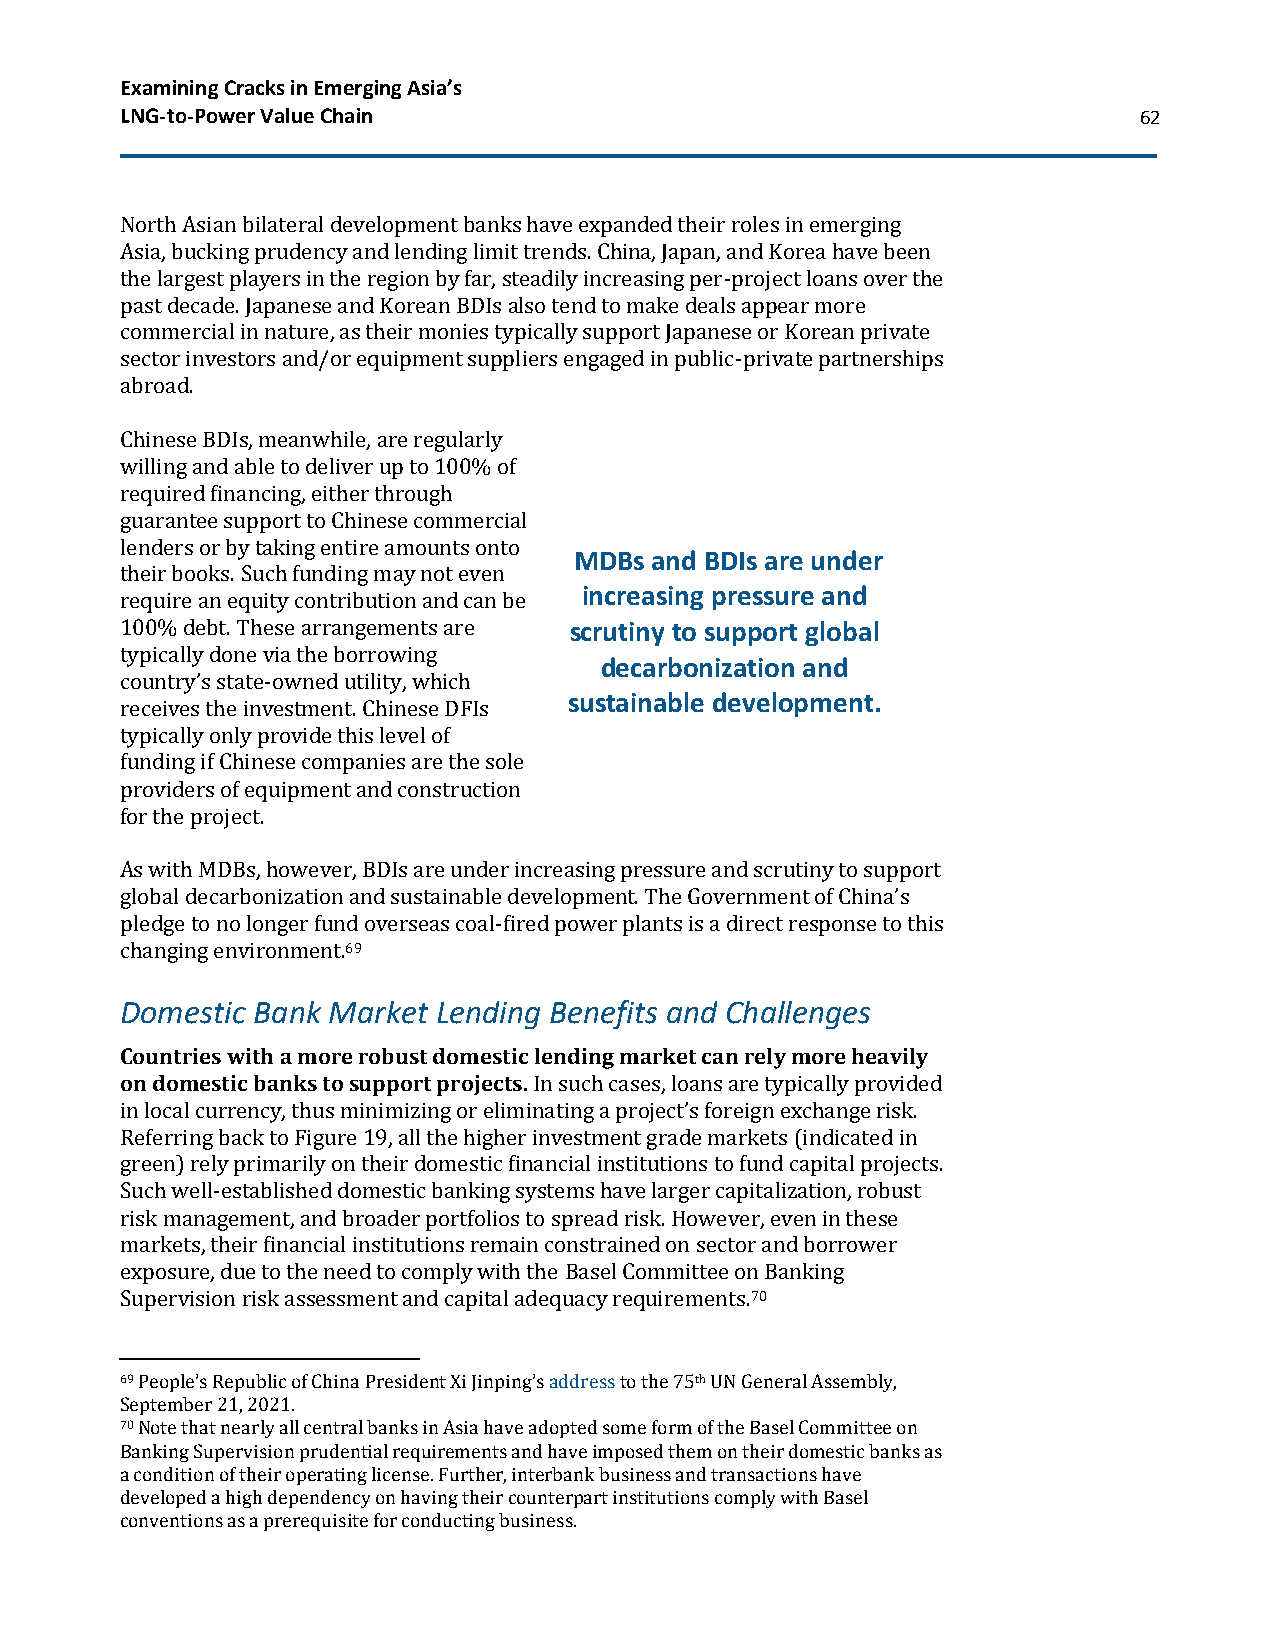
Examining Cracks in Emerging Asia’s
 LNG-to-Power Value Chain                                           62
 North Asian bilateral development banks have expanded their roles in emerging
 Asia, bucking prudency and lending limit trends. China, Japan, and Korea have been
 the largest players in the region by far, steadily increasing per-project loans over the
 past decade. Japanese and Korean BDIs also tend to make deals appear more
 commercial in nature, as their monies typically support Japanese or Korean private
 sector investors and/or equipment suppliers engaged in public-private partnerships
 abroad.
 Chinese BDIs, meanwhile, are regularly
 willing and able to deliver up to 100% of
 required financing, either through
 guarantee support to Chinese commercial
 lenders or by taking entire amounts onto
 MDBs and BDIs are under
 their books. Such funding may not even
 increasing pressure and
 require an equity contribution and can be
 100% debt. These arrangements are scrutiny to support global
 typically done via the borrowing
 decarbonization and
 country’s state-owned utility, which
 sustainable development.
 receives the investment. Chinese DFIs
 typically only provide this level of
 funding if Chinese companies are the sole
 providers of equipment and construction
 for the project.
 As with MDBs, however, BDIs are under increasing pressure and scrutiny to support
 global decarbonization and sustainable development. The Government of China’s
 pledge to no longer fund overseas coal-fired power plants is a direct response to this
 changing environment.69
 Domestic Bank Market Lending Benefits and Challenges
 Countries with a more robust domestic lending market can rely more heavily
 on domestic banks to support projects. In such cases, loans are typically provided
 in local currency, thus minimizing or eliminating a project’s foreign exchange risk.
 Referring back to Figure 19, all the higher investment grade markets (indicated in
 green) rely primarily on their domestic financial institutions to fund capital projects.
 Such well-established domestic banking systems have larger capitalization, robust
 risk management, and broader portfolios to spread risk. However, even in these
 markets, their financial institutions remain constrained on sector and borrower
 exposure, due to the need to comply with the Basel Committee on Banking
 Supervision risk assessment and capital adequacy requirements.70
 69 People’s Republic of China President Xi Jinping’s address to the 75th UN General Assembly,
 September 21, 2021.
 70 Note that nearly all central banks in Asia have adopted some form of the Basel Committee on
 Banking Supervision prudential requirements and have imposed them on their domestic banks as
 a condition of their operating license. Further, interbank business and transactions have
 developed a high dependency on having their counterpart institutions comply with Basel
 conventions as a prerequisite for conducting business.